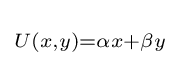
\scriptstyle U\left(x,y\right)=\alpha x+\beta y